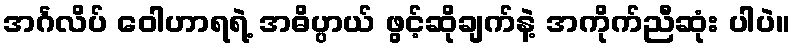
အင်္ဂလိပ် ဝေါဟာရရဲ့ အဓိပ္ပာယ် ဖွင့်ဆိုချက်နဲ့ အကိုက်ညီဆုံး ပါပဲ။